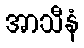
အာသီနံ